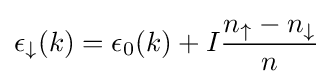
\epsilon _{\downarrow }(k)=\epsilon _{0}(k)+I{\frac {n_{\uparrow }-n_{\downarrow }}{n}}